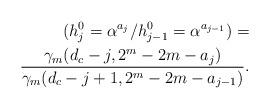
LaTeX: \begin{align*}( h^0_j = \alpha^{a_j}/h^0_{j-1} = \alpha^{a_{j-1}}) = \\\frac{\gamma_m(d_c-j, 2^m - 2m - {a_j})}{\gamma_m(d_c-j + 1, 2^m - 2m - a_{j-1})}.\end{align*}